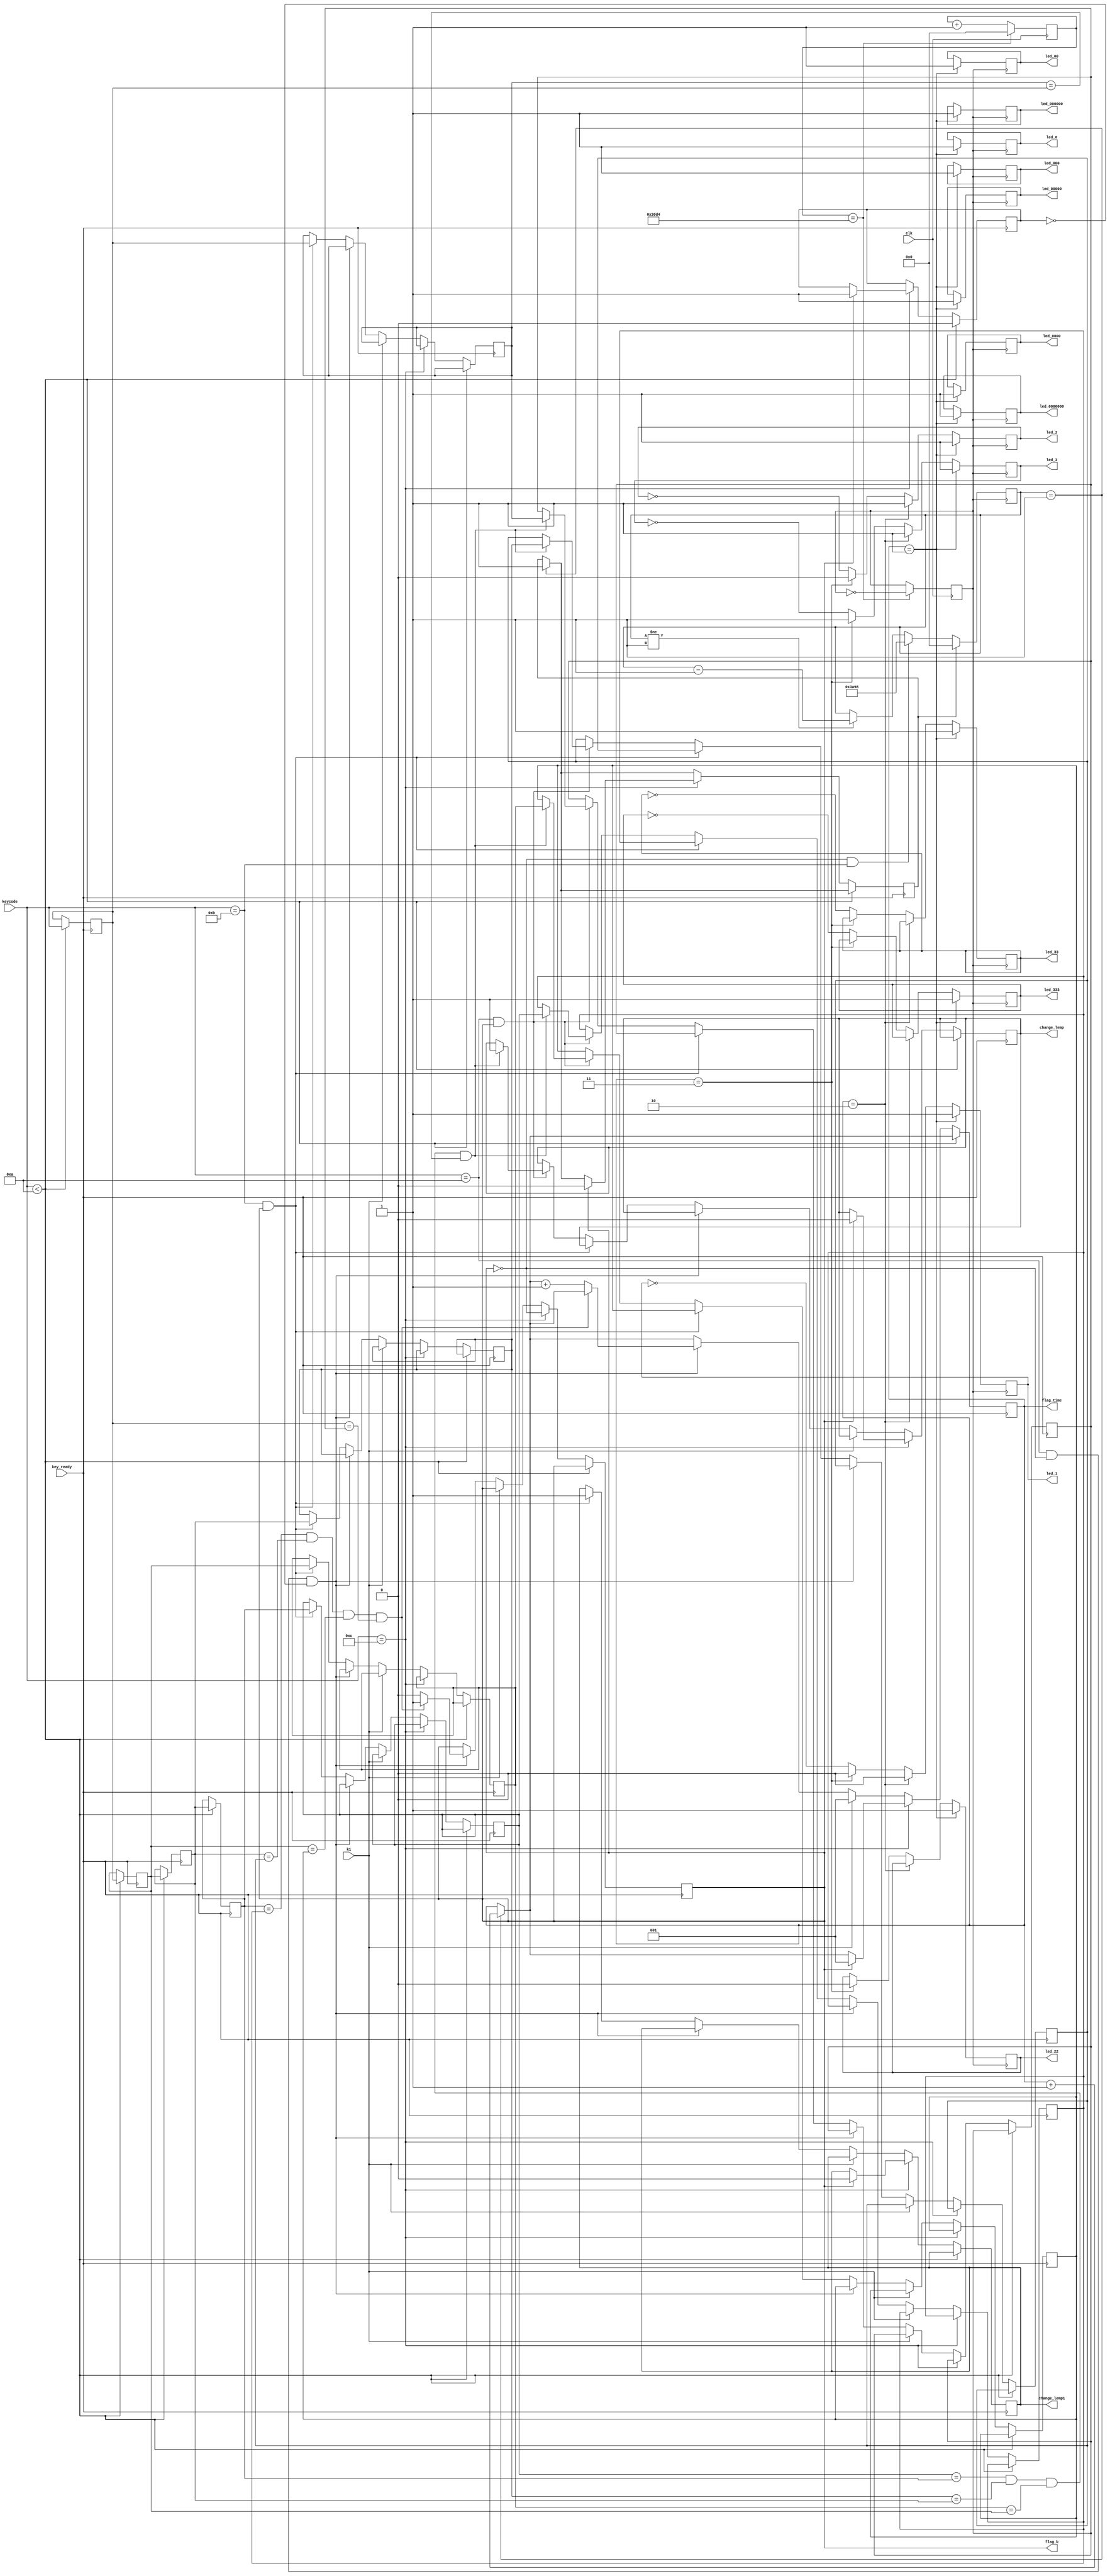
//---------------------------------------------------
//         
//---------------------------------------------------
			   module  mimabaocunyanzheng(
			   input clk,            
               input [4:0] keycode ,//incode
			   output reg flag_b,//clock
			   input key_ready,//cmd
			   input k1,         
			   output reg led_1,
			   output reg led_2,
			   output reg led_3,
			   output reg led_22,
			   output reg led_33,
			   output reg led_333,
			   output reg led_0,
			   output reg led_00,
			   output reg led_000,
			   output reg led_0000,
			   output reg led_00000,
			   output reg led_000000,
			   output reg led_0000000,
			   output reg change_lemp,
			   output reg change_lemp1, 
			   output reg [2:0] flag_time
               );
reg [4:0] password_1;
reg [4:0] password_2;
reg [4:0] password_3;
reg [4:0] password_4;

reg  [15:0]count_15;
reg k2;
reg  [15:0]cnt1ms;
reg flagz;//fangdao
//////////////////////////////////////////////////////
reg clk1000Hz;
initial                                     
 begin
     count_15=0;   
end
always@(posedge clk)                            
    begin
    if(cnt1ms==16'd12500)
        begin
            cnt1ms<=16'b0;
            clk1000Hz<=~clk1000Hz;
        end
    else
        cnt1ms=cnt1ms+16'b1;
    end 
//////////////////////////////////////////////////////////////  
initial                                     
 begin
        password_1=8;
        password_2=8;
        password_3=8;
        password_4=8;
        flag_time=1;
end
////////////////////////////////////////////////////////////
reg [4:0] password_input_1;     
reg [4:0] password_input_2;
reg [4:0] password_input_3;
reg [4:0] password_input_4;

reg [4:0] password_change_1;      
reg [4:0] password_change_2;
reg [4:0] password_change_3;
reg [4:0] password_change_4;

always @( negedge key_ready)
begin
	
	 if(count_15==1)begin flag_time=flag_time+1;k2=1; end
	 if(keycode<10)                            
	begin
		flagz<=0;
		password_input_4<=keycode;
	    password_input_3<=password_input_4;
	    password_input_2<=password_input_3;
	    password_input_1<=password_input_2;
	end
	else if(keycode==5'hc)//fuwei
		begin 
			flag_b=~flag_b;
			if(flag_b==0)
			begin
			change_lemp=0;
			flag_time=1;
			change_lemp1=0;
			k2=0;
			flagz=1;	
			end
	    end
	else if(k1==1)begin flag_time=1;end
	else if(keycode==5'ha&&flag_b==0&&flagz==0)  
//
	begin
        if((password_input_1==password_1)&&(password_input_2==password_2)&&(password_input_3==password_3)&&(password_input_4==password_4))
        begin flag_b=1;end
        else
        begin
        flag_b=0;
        flag_time=flag_time+1;
        end
    end
    else if(keycode==5'hb&&flag_b==1)     
    begin
		change_lemp1=1;
		password_change_1 <=password_input_1;
		password_change_2 <=password_input_2;
		password_change_3 <=password_input_3;
		password_change_4 <=password_input_4;
    end
    
    else if(keycode==5'ha&&flag_b==1)      
   begin	    
	    if((password_change_1==password_input_1)&&

(password_change_2==password_input_2)&&(password_change_3==password_input_3)&&

(password_change_4==password_input_4))
	    begin
			change_lemp=1;
			password_1<=password_change_1 ;
			password_2<=password_change_2 ;
			password_3<=password_change_3 ;
			password_4<=password_change_4 ;
	    end
    end
 end
 /////////////////////////////////////////////15s
always@(posedge clk1000Hz)          
begin
	if(k2==1)count_15=0;
    else if((flag_b==0)&&(keycode==5'hb))
	begin count_15=15000; end 
	 else if ((count_15!=1))
	 begin 
		count_15=count_15-1;
		if(count_15==0)
		begin 
			
        end	
    end
end 
              
 
 //////////////////////////////////////////
 
 
 always @(negedge clk1000Hz)           
 begin
if (flag_time==1)begin led_1=1;led_2=1;led_3=1;led_22=1;led_33=1;led_333=1;led_0=1;led_00=1;led_000=1;led_0000=1;led_00000=1;led_000000=1;led_0000000=1;end
else if (flag_time==2)begin led_1=0;led_2=1;led_3=1;end
else if (flag_time==3)begin led_1=0;led_2=0;led_22=0;led_3=1;end
else begin led_1=~led_1;led_2=~led_2;led_3=~led_3;led_33=~led_33;led_333=~led_333;end
end
     
        
endmodule